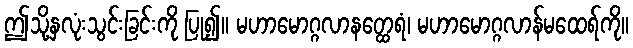
ဤသို့နှလုံးသွင်းခြင်းကို ပြု၍။ မဟာမောဂ္ဂလာနတ္ထေရံ၊ မဟာမောဂ္ဂလာန်မထေရ်ကို။